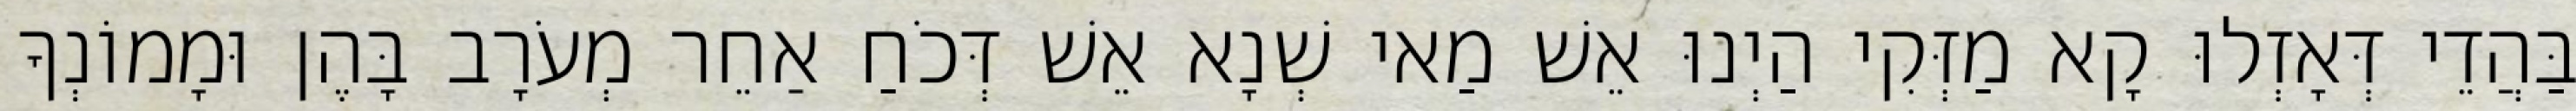
בַּהֲדֵי דְּאָזְלוּ קָא מַזְּקִי הַיְנוּ אֵשׁ מַאי שְׁנָא אֵשׁ דְּכֹחַ אַחֵר מְעֹרָב בָּהֶן וּמָמוֹנְךָ